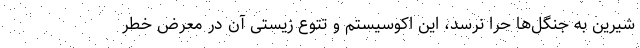
شیرین به جنگل‌ها حرّا نرسد، این اکوسیستم و تتوع زیستی آن در معرض خطر